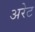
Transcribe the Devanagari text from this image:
अरेट